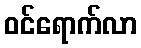
ဝင်ရောက်လာ